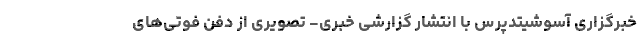
خبرگزاری آسوشیتدپرس با انتشار گزارشی خبری- تصویری از دفن فوتی‌های